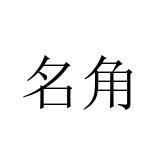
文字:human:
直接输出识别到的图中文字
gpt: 名角